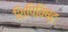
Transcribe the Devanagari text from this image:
शिपिविष्टः